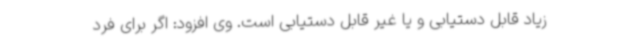
زیاد قابل دستیابی و یا غیر قابل دستیابی است. وی افزود: اگر برای فرد